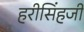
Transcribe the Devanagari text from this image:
हरीसिंहजी